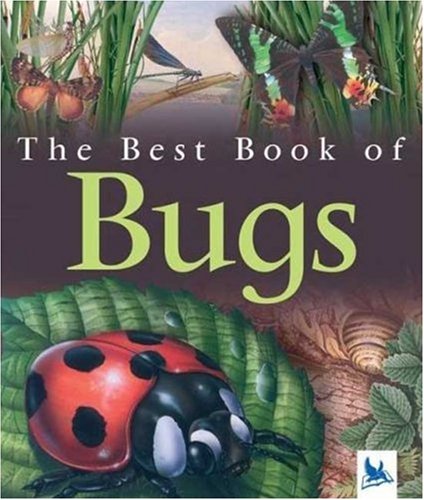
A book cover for The Best Book of Bugs; Claire Llewellyn; Children's Books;